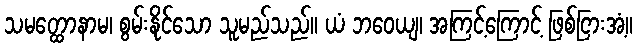
သမတ္ထောနာမ၊ စွမ်းနိုင်သော သူမည်သည်။ ယံ ဘဝေယျ၊ အကြင့်ကြောင့် ဖြစ်ငြားအံ့။